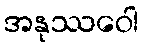
အနုဿဝေါ